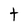
Character: t